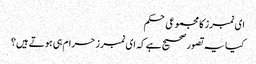
ای نمبرز کا مجموعی حکم
کیا یہ تصور صحیح ہے کہ ای نمبرز حرام ہی ہوتے ہیں؟